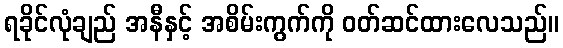
ရခိုင်လုံချည် အနီနှင့် အစိမ်းကွက်ကို ဝတ်ဆင်ထားလေသည်။